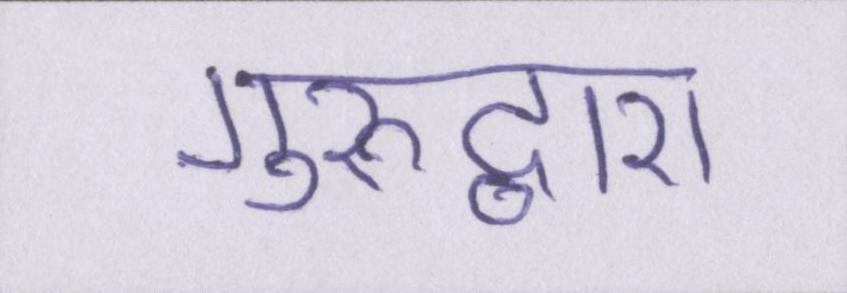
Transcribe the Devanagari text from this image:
गुरुद्वारा